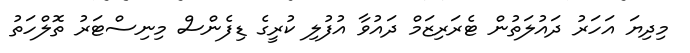
މިދިޔަ އަހަރު ދައުލަތުން ޓެރަރިޒަމް ދައުވާ އުފުލި ކުރީގެ ޑިފެންސް މިނިސްޓަރު ތޮލްހަތު